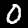
Label: 0